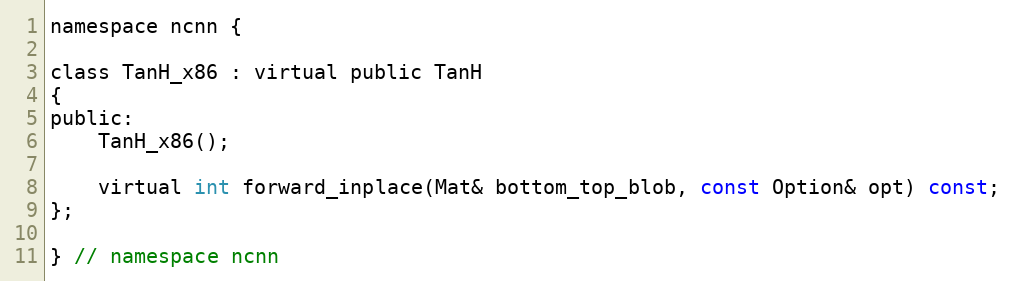
Language: C
namespace ncnn {

class TanH_x86 : virtual public TanH
{
public:
    TanH_x86();

    virtual int forward_inplace(Mat& bottom_top_blob, const Option& opt) const;
};

} // namespace ncnn